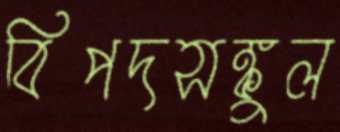
বিপদসঙ্কুল